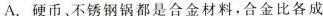
8.下列有关金属的叙述中，正确的是( )